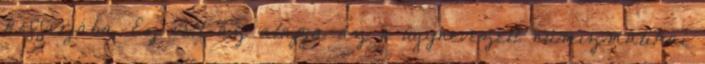
kofferjába. Ez volt az alapja az ő úgynevezett numizmatikai